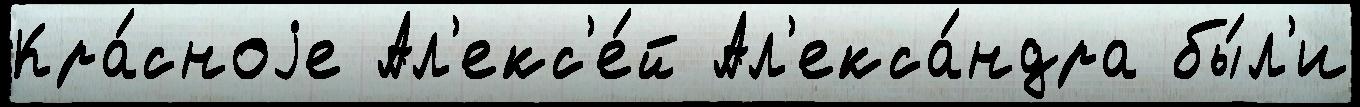
Кра́сноjе Ал'екс'е́й Ал'екса́ндра бы́л'и